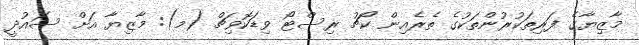
މާޒިޔާގެ ފަރިތަކުރުންތަކުގެ ތެރެއިން ކޯޗު ރިސްޓޯ ވިޑަކޮވިޗް (މ): މާޒިޔާ އަށް ސައުދީ